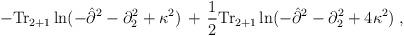
LaTeX: \begin{align*}-{\rm Tr}_{2+1}\ln(-{\hat \partial}^2 - \partial_2^2 + \kappa^2) \,+\, \frac{1}{2}{\rm Tr}_{2+1}\ln(-{\hat \partial}^2 - \partial_2^2 + 4 \kappa^2) \;,\end{align*}